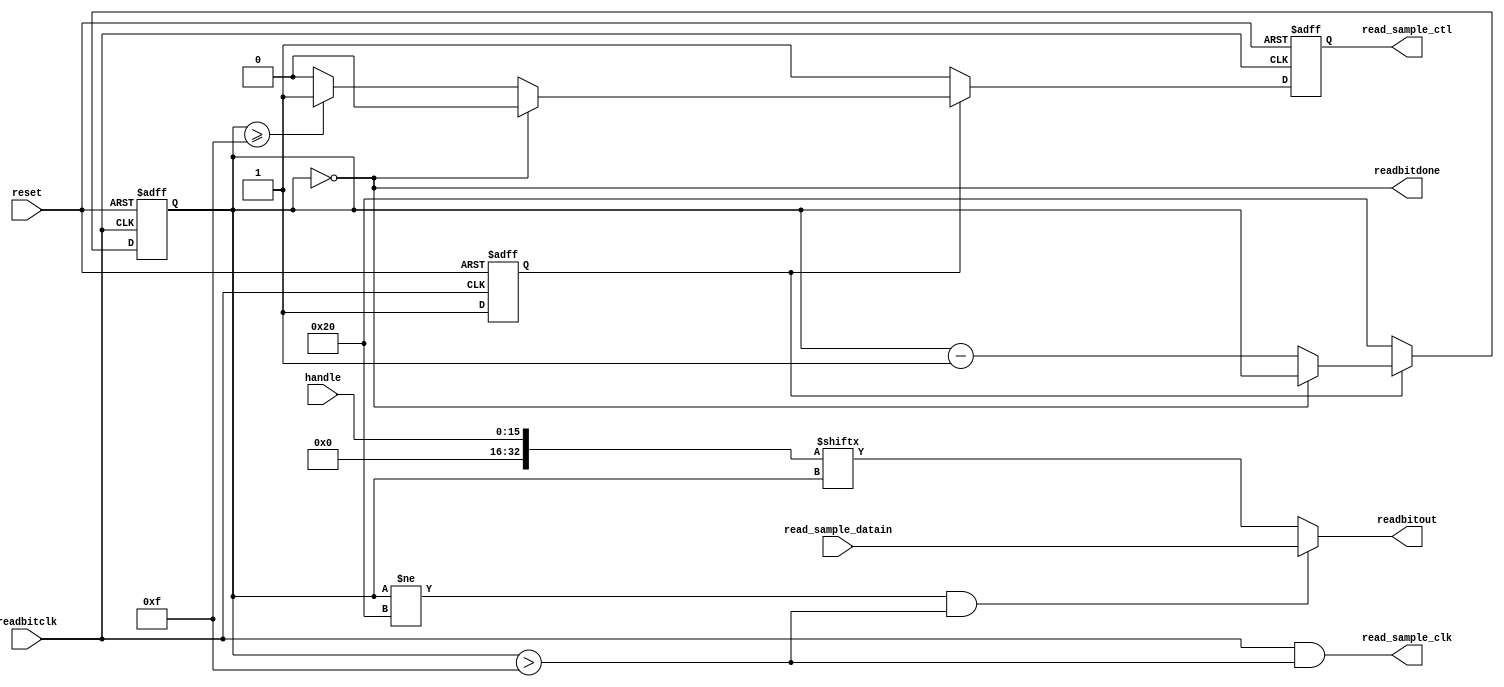
module read(reset, readbitclk, readbitout, readbitdone, 
           read_sample_ctl, read_sample_clk, read_sample_datain, 
           handle);
input  reset, readbitclk;
output readbitout, readbitdone;
input  read_sample_datain;
output read_sample_ctl, read_sample_clk;
input [15:0] handle;
wire [32:0] packet;
assign packet[32]    = 1'b0;
assign packet[31:16] = 16'h0000;
assign packet[15:0]  = handle[15:0];
reg [5:0] bitoutcounter;
reg read_sample_ctl;
wire read_sample_clk, readbitout, readbitdone;
assign read_sample_clk = readbitclk & (bitoutcounter > 15);
assign readbitout = (bitoutcounter!=32 && bitoutcounter>15) ? read_sample_datain : packet[bitoutcounter];
assign readbitdone = (bitoutcounter == 0);
reg    initialized;
always @ (posedge readbitclk or posedge reset) begin
  if (reset) begin
    bitoutcounter   <= 0;
    initialized     <= 0;
    read_sample_ctl <= 0;
  end else if (!initialized) begin
    initialized     <= 1;
    read_sample_ctl <= 1;
    bitoutcounter   <= 32;
  end else if (!readbitdone) begin
    bitoutcounter <= bitoutcounter - 4'd1;
    if (bitoutcounter >= 15) read_sample_ctl <= 1;
    else                     read_sample_ctl <= 0;
  end else begin
    read_sample_ctl<= 0;
  end 
end 
endmodule